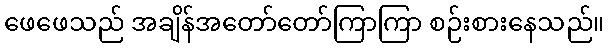
ဖေဖေသည် အချိန်အတော်တော်ကြာကြာ စဉ်းစားနေသည်။